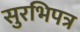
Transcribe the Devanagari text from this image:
सुरभिपत्र